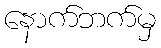
နောက်ဘက်မှ